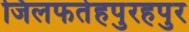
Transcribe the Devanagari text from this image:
जिलफतेहपुरहपुर